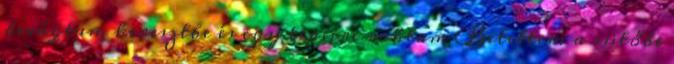
bevágtam keresztbe és egy tepsire raktam Betettem a sütőbe